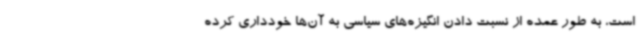
است، به طور عمده از نسبت دادن انگیزه‌های سیاسی به آن‌ها خودداری کرده